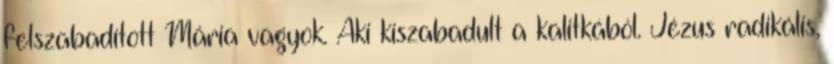
felszabadított Mária vagyok. Aki kiszabadult a kalitkából. Jézus radikális,